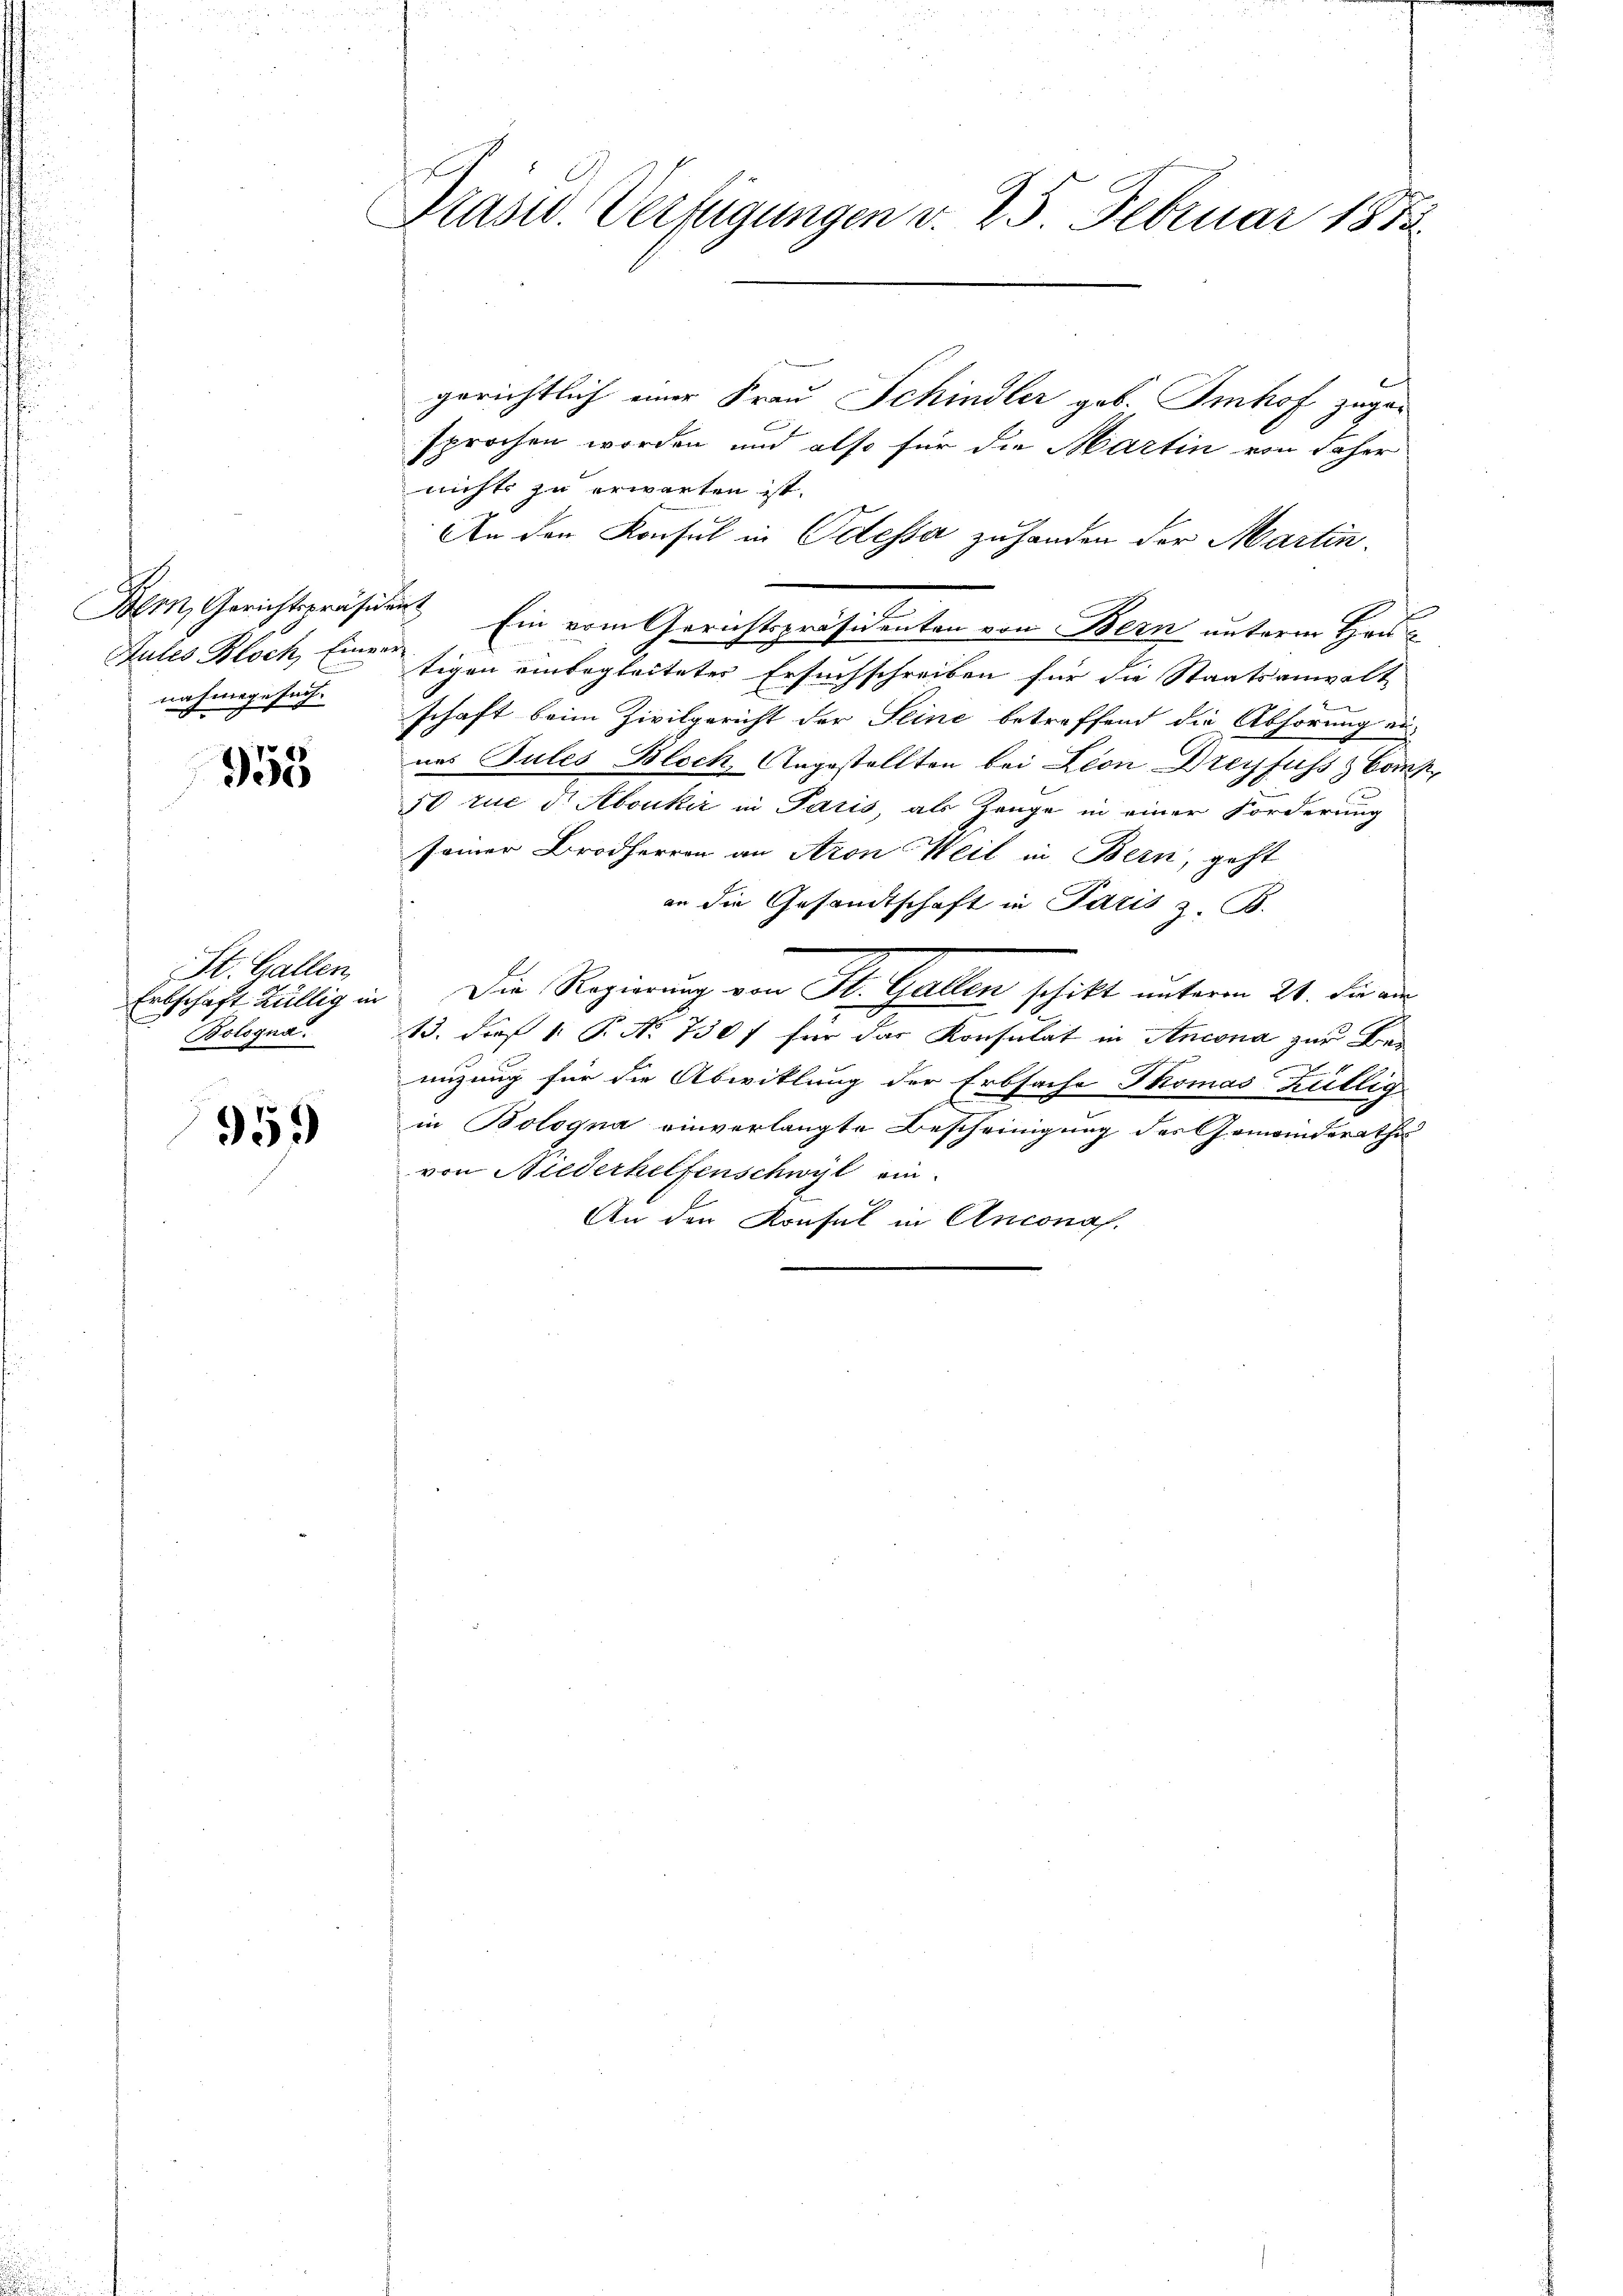
Doben, Gerichtspräside
Stutes Bloch, Einver
nahmege such.

955

St. Gallen,
Erbschaft Züllig in
Bologna.

95)

Präsid. Verfügungen v. 25 Februar 1852.

gerichtlich einer Frau Schindler geb. Imhof zugesprochen worden und also für die Martin von daher
nichts zu erwarten ist.
An den Konsul in Oelessa zuhanden der Martin.
 Ein vom Gerichtspräsidenten von Bern unterm Han
tigen einbegleitetes Ersuchschreiben für die Staatsanwalt
schaft beim Zivilgericht der Seine betreffend die Abhörung eines Tules Bloch, Angestellten bei Lion Dreyfuss & Comp.
50 rue d. Aboukić in Paris, als Zeuge in einer Forderung
seiner Brodherren an Aron Weil in Bern, geht
an die Gesandtschaft in Paris z. B.
Die Regierung von St. Gallen schikt unterm 24. die vi
13. dieß v. P. No 730 f für das Konsulat in Ancona zur Bei
2
nüzung für die Abwiklung der Erbsache Thomas hüllig
in Bologna einverlangte Bescheinigung des Gemeinderathe
von Niederhelfenschwyl ein.
An den Konsul in Anconas.